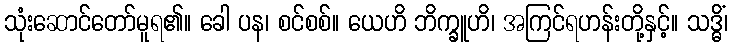
သုံးဆောင်တော်မူရ၏။ ခေါ ပန၊ စင်စစ်။ ယေဟိ ဘိက္ခူဟိ၊ အကြင်ရဟန်းတို့နှင့်။ သဒ္ဓိံ၊